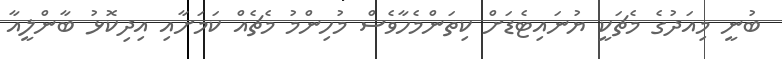
ބުނީ މިއަދުގެ މެޗަކީ ޔުނައިޓެޑަށް ކިތަންމެހާވެސް މުހިންމު މެޗެއް ކަމަށާއި އިދިކޮޅު ބާންލީއާ